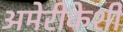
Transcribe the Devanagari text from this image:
अमेरीकेशी